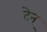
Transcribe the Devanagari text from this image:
टेन्